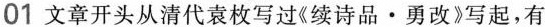
01 文章开头从清代袁枚写过《续诗品·男改》写起，有